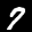
Label: 7